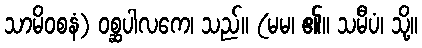
သာမိဝစနံ) ဝစ္ဆပါလကေ၊ သည်။ (မမ၊ ၏။ သမီပံ၊ သို့။